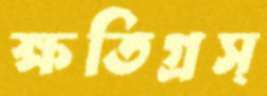
ক্ষতিগ্রস্